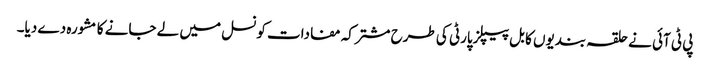
پی ٹی آئی نے حلقہ بندیوں کا بل پیپلزپارٹی کی طرح مشترکہ مفادات کونسل میں لے جانے کا مشورہ دے دیا۔